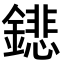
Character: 𨭍